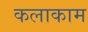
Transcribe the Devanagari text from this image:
कलाकाम